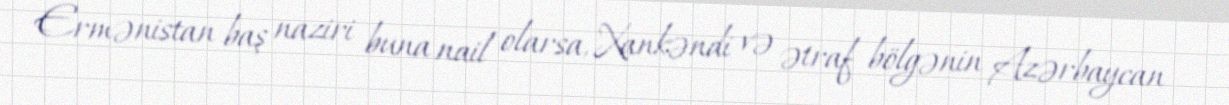
Ermənistan baş naziri buna nail olarsa, Xankəndi və ətraf bölgənin Azərbaycan